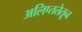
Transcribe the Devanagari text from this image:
अलिप्ततेतून